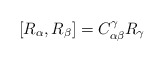
\begin{align*}[R_{\alpha },R_{\beta }]=C^{\gamma }_{\alpha \beta }R_{\gamma }\end{align*}